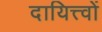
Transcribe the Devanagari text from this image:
दायित्त्वों